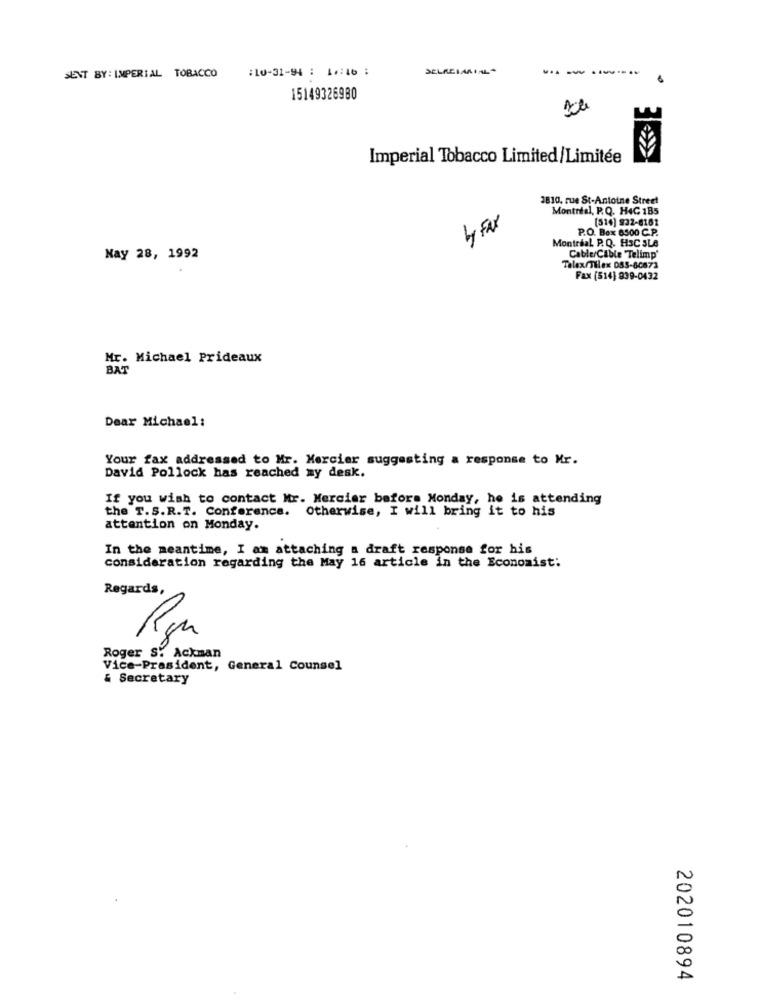
SENT BY: IMPERIAL TOBACCO
:10-31-94 : 17:16 :
DELREIARIAL*
-------
15149326980
Imperial Tobacco Limited/Limitée
3810, rue St-Antoine Street
Montréal, P.Q. H4C 185
(514) 932-6181
4 Far
P.O. Box 6500 C.P.
Montréal P.Q. H3C SLe
Nay 28, 1992
Cable/Cable 'Telimp'
Talex/Tilex 055-80873
Fax (514] 839-0432
Mr. Michael Prideaux
BAT
Dear Michael:
Your fax addressed to Mr. Mercier suggesting a response to Mr.
David Pollock has reached my desk.
If you wish to contact Mr. Mercier before Monday, he is attending
the T. S. R.T. Conference. Otherwise, I will bring it to his
attention on Monday.
In the meantime, I am attaching a draft response for his
consideration regarding the May 16 article in the Economist:
Regards,
Roger S. Ackman
Vice-Prasident, General Counsel
& Secretary
202010894